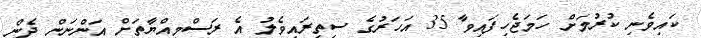
ކައިވެނި ކުރުމަށް ހަމަޖެހިފައިވާ 35 އަހަރުގެ ސިތިރައިވެލު އެ ރަސްމިއްޔާތަށް އަންނަން ދެން